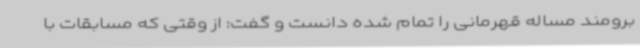
برومند مساله قهرمانی را تمام شده دانست و گفت: از وقتی که مسابقات با